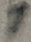
Text: 1